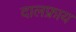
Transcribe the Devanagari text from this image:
दालफ्राय